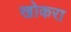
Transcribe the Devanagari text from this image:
खोकरा